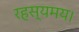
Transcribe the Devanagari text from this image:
रहस्यमय।